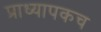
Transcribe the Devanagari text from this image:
प्राध्यापकच